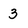
Character: 3